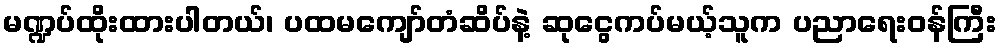
မဏ္ဍပ်ထိုးထားပါတယ်၊ ပထမကျော်တံဆိပ်နဲ့ ဆုငွေကပ်မယ့်သူက ပညာရေးဝန်ကြီး